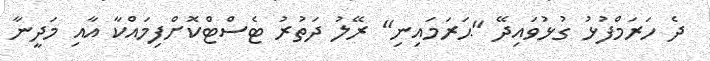
ދެ ހަރަމްފުޅު ގުޅުވައިދޭ "ޙަރަމައިނި" ރޭލު ދަތުރު ޓެސްޓްކޮށްފިމައްކާ އާއި މަދީނާ